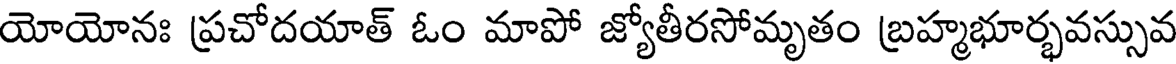
యోయోనః ప్రచోదయాత్ ఓం మాపో జ్యోతీరసోమృతం బ్రహ్మభూర్భవస్సువ